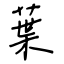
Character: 葉